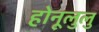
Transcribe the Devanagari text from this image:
होनूलुलु